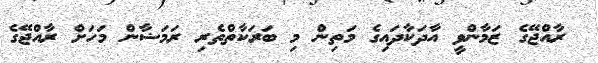
ރާއްޖޭގެ ޒަމާންވީ އާދަކާދައިގެ މަތިން މި ބަރަކާތްތެރި ރަމަޟާން މަހަށް ރާއްޖޭގެ